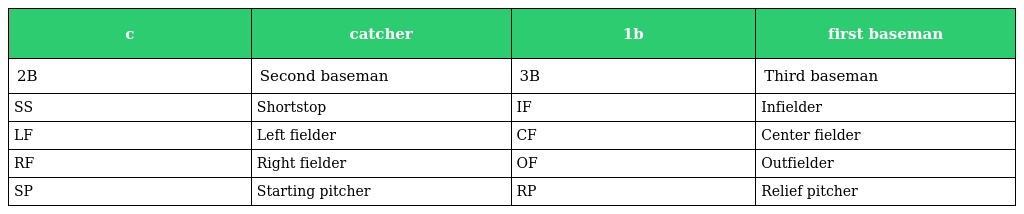
| c | catcher | 1b | first baseman |
 | --- | --- | --- | --- |
 | 2B | Second baseman | 3B | Third baseman |
 | SS | Shortstop | IF | Infielder |
 | LF | Left fielder | CF | Center fielder |
 | RF | Right fielder | OF | Outfielder |
 | SP | Starting pitcher | RP | Relief pitcher |